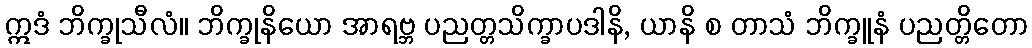
ဣဒံ ဘိက္ခုသီလံ။ ဘိက္ခုနိယော အာရဗ္ဘ ပညတ္တသိက္ခာပဒါနိ, ယာနိ စ တာသံ ဘိက္ခူနံ ပညတ္တိတော